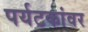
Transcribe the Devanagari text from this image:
पर्यटकांवर